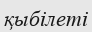
қыбілеті